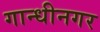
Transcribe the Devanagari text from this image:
गान्धीनगर